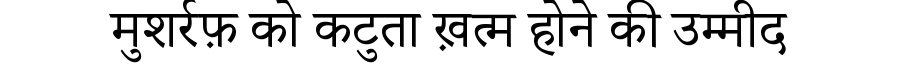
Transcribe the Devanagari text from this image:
मुशर्रफ़ को कटुता ख़त्म होने की उम्मीद